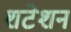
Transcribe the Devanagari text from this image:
शटेशन